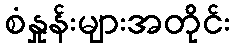
စံနှုန်းများအတိုင်း